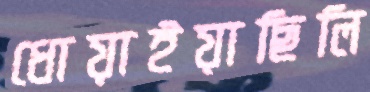
ধোয়াইয়াছিলি